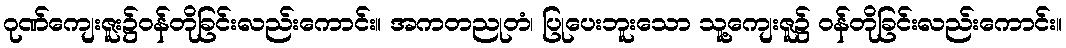
ဂုဏ်ကျေးဇူး၌ဝန်တိုခြင်းလည်းကောင်း။ အကတညုတံ၊ ပြုပေးဘူးသော သူ့ကျေးဇူ၌ ဝန်တိုခြင်းလည်းကောင်း။